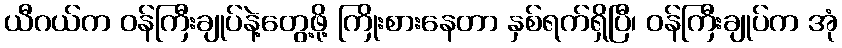
ယီဂယ်က ဝန်ကြီးချုပ်နဲ့တွေ့ဖို့ ကြိုးစားနေတာ နှစ်ရက်ရှိပြီ၊ ဝန်ကြီးချုပ်က အုံ